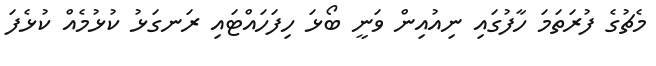
މެޗުގެ ފުރަތަމަ ހާފުގައި ނިއުއިން ވަނީ ބޯޅަ ހިފަހައްޓައި ރަނގަޅު ކުޅުމެއް ކުޅެފަ